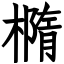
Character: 橢